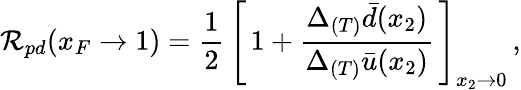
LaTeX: \mathcal{R}_{pd}(x_{F}\rightarrow1)=\frac{{1}}{{2}}\, \left[\, 1+\frac{{\Delta_{(T)}\bar{{d}}(x_{2})}}{{\Delta_{(T)}\bar{{u}}(x_{2})}}\, \right]_{x_{2}\rightarrow0}\, ,